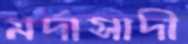
মর্দাসাদী